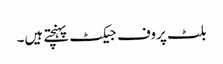
بلٹ پروف جیکٹ پہنچتے ہیں۔